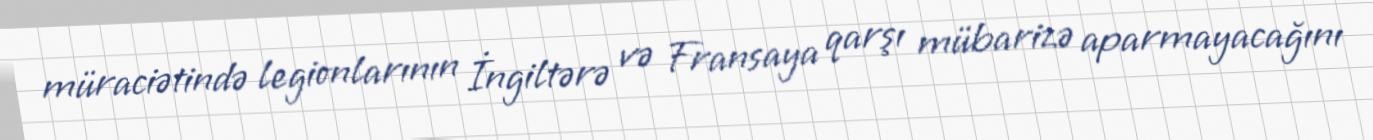
müraciətində legionlarının İngiltərə və Fransaya qarşı mübarizə aparmayacağını